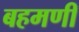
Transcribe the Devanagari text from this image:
बहमणी